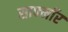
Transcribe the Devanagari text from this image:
साफ्मॉर